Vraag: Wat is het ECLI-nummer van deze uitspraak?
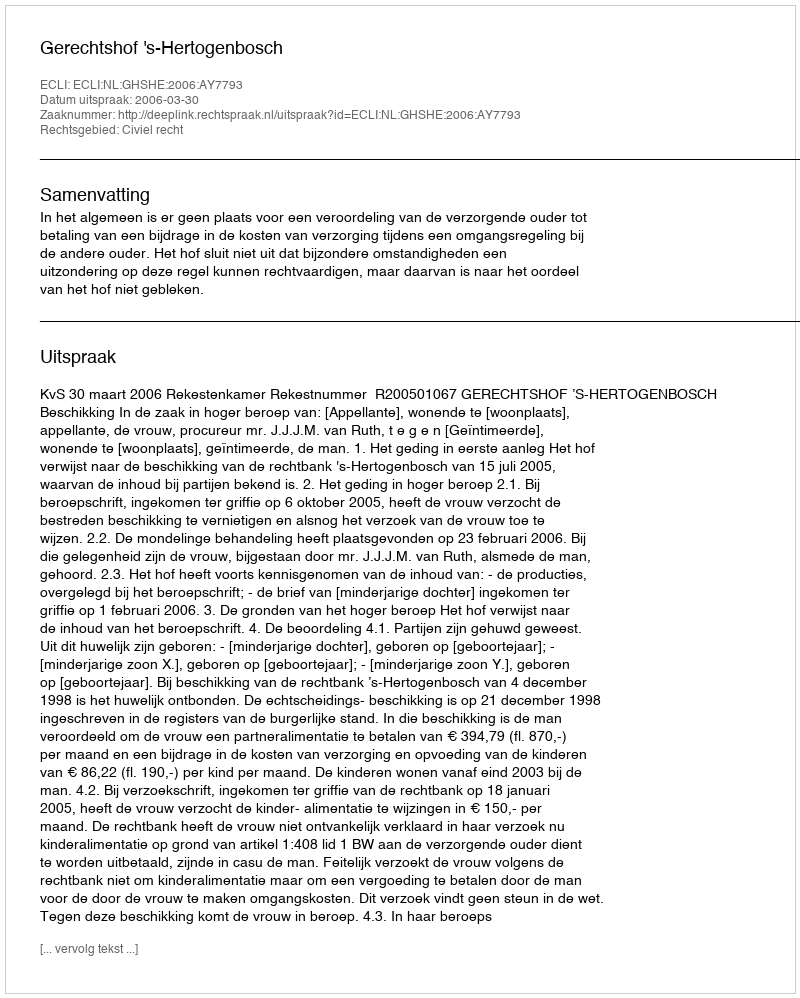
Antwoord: ECLI:NL:GHSHE:2006:AY7793